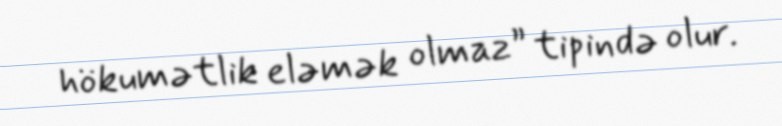
hökumətlik eləmək olmaz” tipində olur.